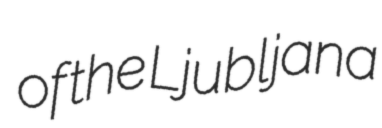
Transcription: of the Ljubljana